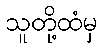
သူတို့ထံမှ